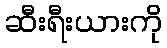
ဆီးရီးယားကို